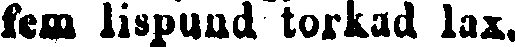
fem lispund torkad lax.